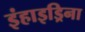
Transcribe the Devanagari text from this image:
इंहाइड्रिना